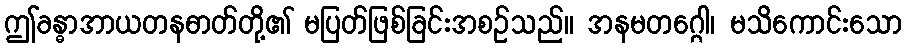
ဤခန္ဓာအာယတနဓာတ်တို့၏ မပြတ်ဖြစ်ခြင်းအစဉ်သည်။ အနမတဂ္ဂေါ၊ မသိကောင်းသော